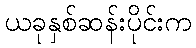
ယခုနှစ်ဆန်းပိုင်းက